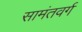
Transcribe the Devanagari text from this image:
सामंतवर्ग